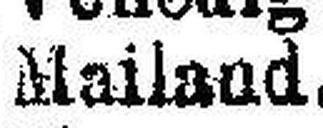
Mailand